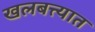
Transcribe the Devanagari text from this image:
खलबत्त्यात